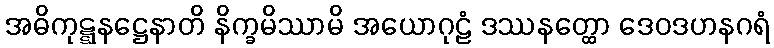
အဓိကုဋ္ဋနဋ္ဌေနာတိ နိက္ခမိဿာမိ အယောဂုဠံ ဒဿနတ္ထော ဒေဝဒဟနဂရံ